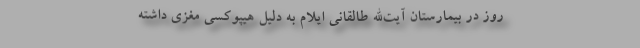
روز در بیمارستان آیت‌الله طالقانی ایلام به دلیل هیپوکسی مغزی داشته